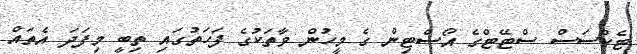
ޓެކްސަސް ސްޓޭޓްގެ އޯސްޓިން ގެ މީހުން ވާތަކުގެ ފަހަތުގައި ތިބީ މިފަދަ އެތައް